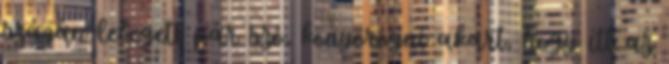
száján lebegett pár szó, könyörögni akart, hogy itt az